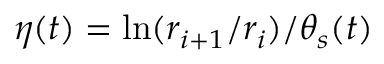
\eta ( t ) = \ln ( r _ { i + 1 } / r _ { i } ) / \theta _ { s } ( t )